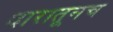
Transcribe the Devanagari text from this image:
दारातूनच